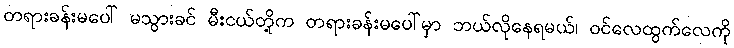
တရားခန်းမပေါ် မသွားခင် မီးငယ်တို့က တရားခန်းမပေါ်မှာ ဘယ်လိုနေရမယ်၊ ဝင်လေထွက်လေကို